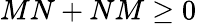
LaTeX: MN+NM\geq 0